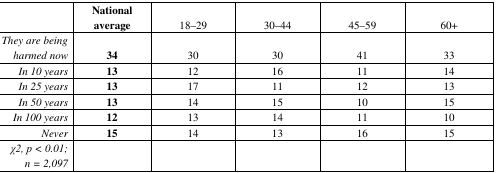
<table><thead><tr><td></td><td><b>National average</b></td><td><b>18–29</b></td><td><b>30–44</b></td><td><b>45–59</b></td><td><b>60+</b></td></tr></thead><tbody><tr><td><i>They are being harmed now</i></td><td><b>34</b></td><td>30</td><td>30</td><td>41</td><td>33</td></tr><tr><td><i>In 10 years</i></td><td><b>13</b></td><td>12</td><td>16</td><td>11</td><td>14</td></tr><tr><td><i>In 25 years</i></td><td><b>13</b></td><td>17</td><td>11</td><td>12</td><td>13</td></tr><tr><td><i>In 50 years</i></td><td><b>13</b></td><td>14</td><td>15</td><td>10</td><td>15</td></tr><tr><td><i>In 100 years</i></td><td><b>12</b></td><td>13</td><td>14</td><td>11</td><td>10</td></tr><tr><td><i>Never</i></td><td><b>15</b></td><td>14</td><td>13</td><td>16</td><td>15</td></tr><tr><td><i>χ2, p &lt; 0.01; n = 2,097</i></td><td></td><td></td><td></td><td></td><td></td></tr></tbody></table>